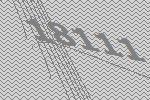
18111